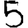
Digit: 5